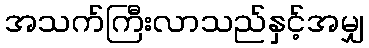
အသက်ကြီးလာသည်နှင့်အမျှ